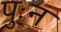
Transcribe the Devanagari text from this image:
पुःन